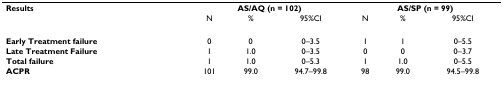
<table><thead><tr><td><b>Results</b></td><td colspan="3"><b>AS/AQ (n = 102)</b></td><td colspan="3"><b>AS/SP (n = 99)</b></td></tr><tr><td></td><td><b>N</b></td><td><b>%</b></td><td><b>95%CI</b></td><td><b>N</b></td><td><b>%</b></td><td><b>95%CI</b></td></tr></thead><tbody><tr><td><b>Early Treatment failure</b></td><td>0</td><td>0</td><td>0–3.5</td><td>1</td><td>1</td><td>0–5.5</td></tr><tr><td><b>Late Treatment Failure</b></td><td>1</td><td>1.0</td><td>0–3.5</td><td>0</td><td>0</td><td>0–3.7</td></tr><tr><td><b>Total failure</b></td><td>1</td><td>1.0</td><td>0–5.3</td><td>1</td><td>1.0</td><td>0–5.5</td></tr><tr><td><b>ACPR</b></td><td>101</td><td>99.0</td><td>94.7–99.8</td><td>98</td><td>99.0</td><td>94.5–99.8</td></tr></tbody></table>